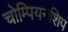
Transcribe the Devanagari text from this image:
चोम्पियनशिप